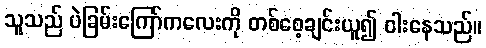
သူသည် ပဲခြမ်းကြော်ကလေးကို တစ်စေ့ချင်းယူ၍ ဝါးနေသည်။